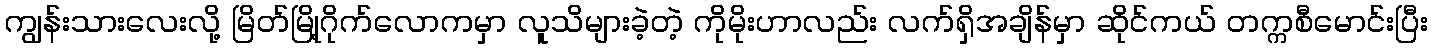
ကျွန်းသားလေးလို့ မြိတ်မြို့ဂိုက်လောကမှာ လူသိများခဲ့တဲ့ ကိုမိုးဟာလည်း လက်ရှိအချိန်မှာ ဆိုင်ကယ် တက္ကစီမောင်းပြီး